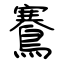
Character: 鶱